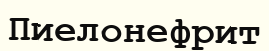
Пиелонефрит